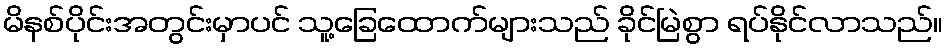
မိနစ်ပိုင်းအတွင်းမှာပင် သူ့ခြေထောက်များသည် ခိုင်မြဲစွာ ရပ်နိုင်လာသည်။